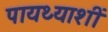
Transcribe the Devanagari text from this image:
पायथ्याशीं